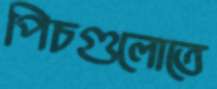
পিচগুলোতে